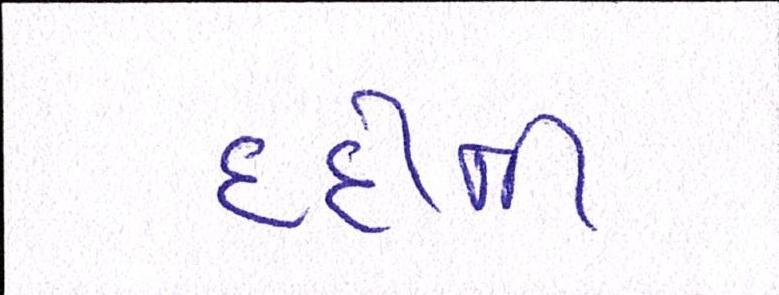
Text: દર્દીની